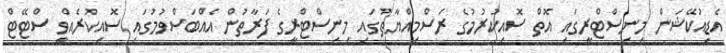
އެޑިއުކޭޝަން މިނިސްޓްރީގައި އޮތް ސޮއިކުރުމުގެ ރަސްމިއްޔާތުގައި މިނިސްޓްރީގެ ފަރާތުން އެއްބަސްވުމުގައި ސޮއިކުރެއްވީ ސްޓޭޓް